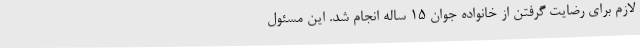
لازم برای رضایت گرفتن از خانواده جوان 15 ساله انجام شد. این مسئول